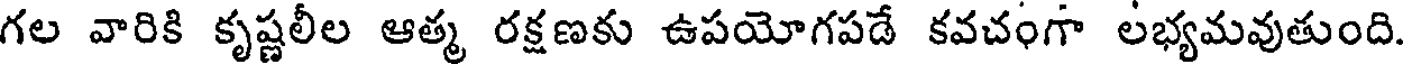
గల వారికి కృష్ణలీల ఆత్మ రక్షణకు ఉపయోగపడే కవచంగా లభ్యమవుతుంది